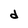
Character: d